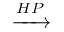
\xrightarrow { H P }